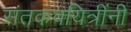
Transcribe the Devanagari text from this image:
संतकवयित्रींनी